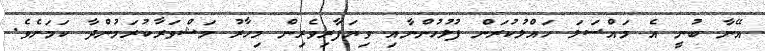
އޭނާ ބުނީ އެ މައްސަލަ ހައްލުކުރަން ފުލުހުންނާއި ވިޔަފާރިވެރިން މިހާރު މަޝްވަރާކުރަމުންދާ ކަމަށެވެ.